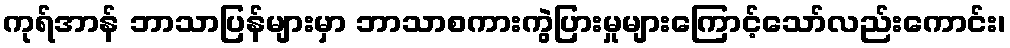
ကုရ်အာန် ဘာသာပြန်များမှာ ဘာသာစကားကွဲပြားမှုများကြောင့်သော်လည်းကောင်း၊